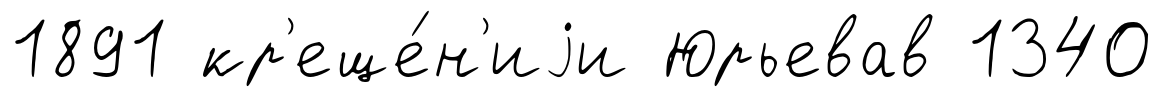
1891 кр'еще́н'иjи Юрьевав 1340